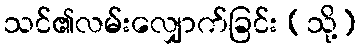
သင်၏လမ်းလျှောက်ခြင်း (သို့)